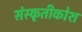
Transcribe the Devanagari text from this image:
संस्कृतीकोश